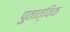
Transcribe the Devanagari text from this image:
पुतात्विक